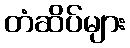
တံဆိပ်များ